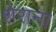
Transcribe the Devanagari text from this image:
शेरांना